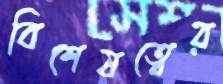
বিশেষত্বের